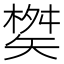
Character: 𮀇